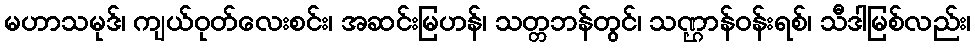
မဟာသမုဒ်၊ ကျယ်ဝုတ်လေးစင်း၊ အဆင်းမြဟန်၊ သတ္တဘန်တွင်၊ သဏ္ဌာန်ဝန်းရစ်၊ သီဒါမြစ်လည်း၊